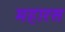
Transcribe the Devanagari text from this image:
महारस